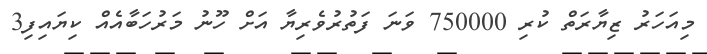
މިއަހަރު ޒިޔާރަތް ކުރި 750000 ވަނަ ފަތުރުވެރިޔާ އަށް ހޫނު މަރުހަބާއެއް ކިޔައިފި3